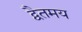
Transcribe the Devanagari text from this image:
द्वैतमय